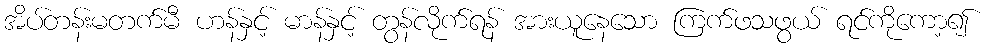
အိပ်တန်းမတက်မီ ဟန်နှင့် မာန်နှင့် တွန်လိုက်ရန် အားယူနေသော ကြက်ဖသဖွယ် ရင်ကိုကော့၍